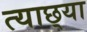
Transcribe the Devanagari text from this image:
त्याछ्या